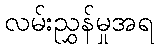
လမ်းညွှန်မှုအရ